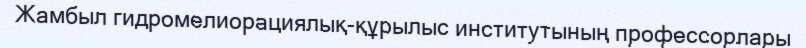
Жамбыл гидромелиорациялық-құрылыс институтының профессорлары